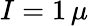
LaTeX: I=1\, \mu